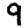
Digit: 9